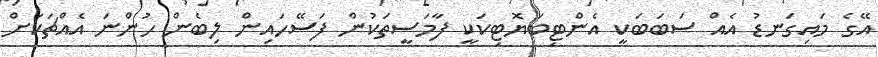
އޭގެ މައިގަނޑު އެއް ސަބަބަކީ އެންޓިބަޔޮޓިކަކީ ފާމަސީތަކުން ފަސޭހައިން ލިބެން ހުންނަ އެއްޗަކަށް